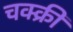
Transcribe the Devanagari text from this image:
चक्क्री